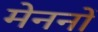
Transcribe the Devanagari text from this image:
मेननों